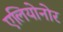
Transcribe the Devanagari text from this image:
एलियोनोर